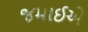
જમાઈએ